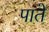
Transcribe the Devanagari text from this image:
पाते